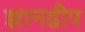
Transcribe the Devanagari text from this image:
ज्ञानद्वीप